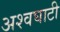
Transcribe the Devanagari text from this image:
अश्वघाटी